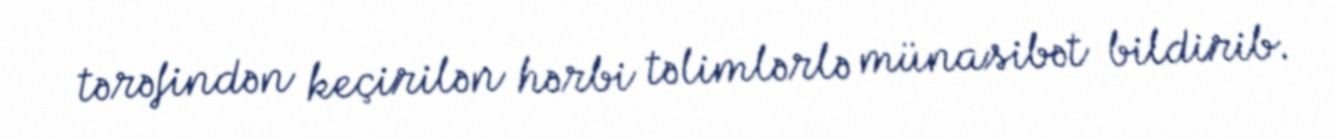
tərəfindən keçirilən hərbi təlimlərlə münasibət bildirib.